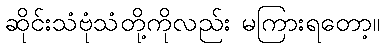
ဆိုင်းသံဗုံသံတို့ကိုလည်း မကြားရတော့။